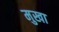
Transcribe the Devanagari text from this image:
मुखा